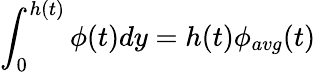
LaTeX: \int_{0}^{h(t)}\phi(t)dy=h(t)\phi_{avg}(t)